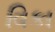
વિકા